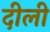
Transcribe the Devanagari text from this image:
दीली